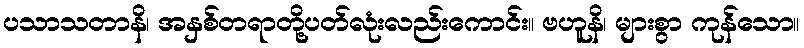
ပသာသတာနိ၊ အနှစ်တရာတို့ပတ်လုံးလည်းကောင်း။ ဗဟူနိ၊ များစွာ ကုန်သော။